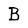
Character: B